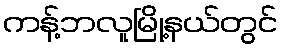
ကန့်ဘလူမြို့နယ်တွင်